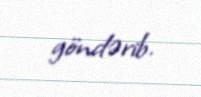
göndərib.